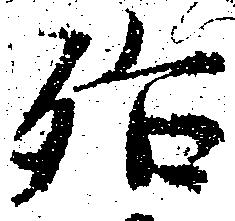
殆